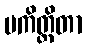
ပကိတ္တိတာ